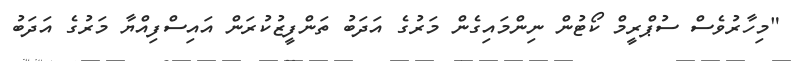
"މިހާރުވެސް ސުޕްރީމް ކޯޓުން ނިންމައިގެން މަރުގެ އަދަބު ތަންފީޒުކުރަން އައިސްފިއްޔާ މަރުގެ އަދަބު